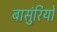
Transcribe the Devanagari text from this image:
बासुंरियों